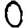
Digit: 0